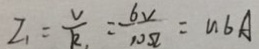
I _ { 1 } = \frac { V } { R _ { 1 } } = \frac { 6 v } { 1 0 \Omega } = 0 . 6 A